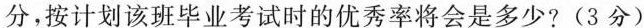
分，按计划该班毕业考试时的优秀率将会是多少?(3分)